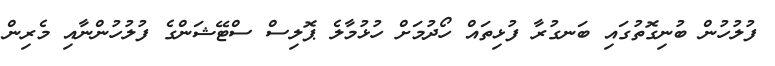
ފުލުހުން ބުނިގޮތުގައި ބަނގުރާ ފުޅިތައް ހޯދުމަށް ހުޅުމާލެ ޕޮލިސް ސްޓޭޝަންގެ ފުލުހުންނާއި މެރިން